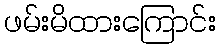
ဖမ်းမိထားကြောင်း